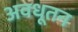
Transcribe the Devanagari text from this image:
अवधूतन